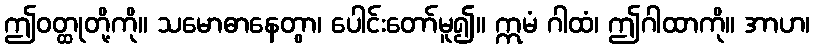
ဤဝတ္ထုတို့ကို။ သမောဓာနေတွာ၊ ပေါင်းတော်မူ၍။ ဣမံ ဂါထံ၊ ဤဂါထာကို။ အာဟ၊